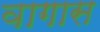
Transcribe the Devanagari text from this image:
वागास